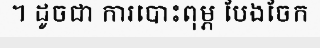
។ ដូចជា ការបោះពុម្ភ បែងចែក